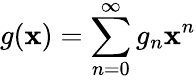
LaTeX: g(\mathbf{x})=\sum_{n=0}^{\infty}g_{n}\mathbf{x}^{n}